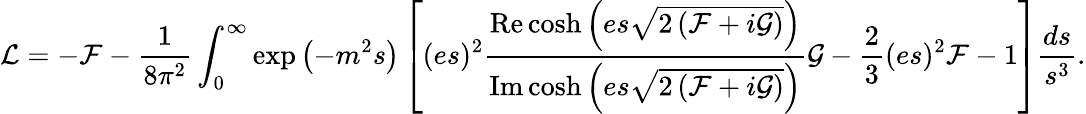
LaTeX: {\mathcal{L}}=-{\mathcal{F}}-{\frac{1}{8\pi^{2}}}\int_{0}^{\infty}\exp\left(-m^{2}s\right)\left[(es)^{2}{\frac{\operatorname{Re}\cosh\left(es{\sqrt{2\left({\mathcal{F}}+i{\mathcal{G}}\right)}}\right)}{\operatorname{Im}\cosh\left(es{\sqrt{2\left({\mathcal{F}}+i{\mathcal{G}}\right)}}\right)}}{\mathcal{G}}-{\frac{2}{3}}(es)^{2}{\mathcal{F}}-1\right]{\frac{ds}{s^{3}}}.